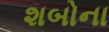
શબોના